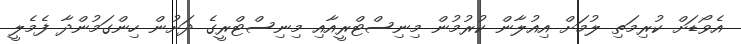
އެވޯޑަށް ކުރިމަތި ލުމަށް އިއުލާން ކުރުމުން މިނިސްޓްރީއާއި މިނިސްޓްރީގެ ދަށުން ހިންގަމުންދާ ފެމެލީ